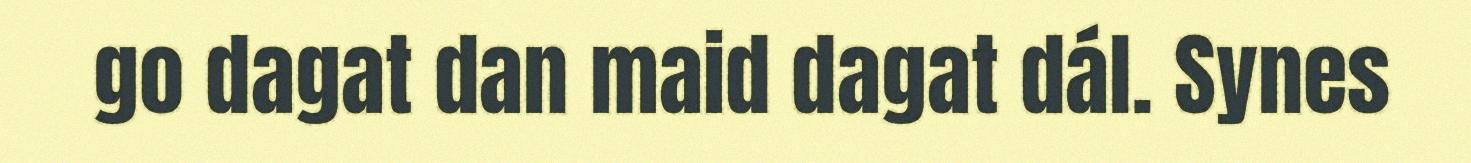
go dagat dan maid dagat dál. Synes